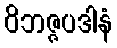
ဝိဘဇ္ဇပဒါနံ